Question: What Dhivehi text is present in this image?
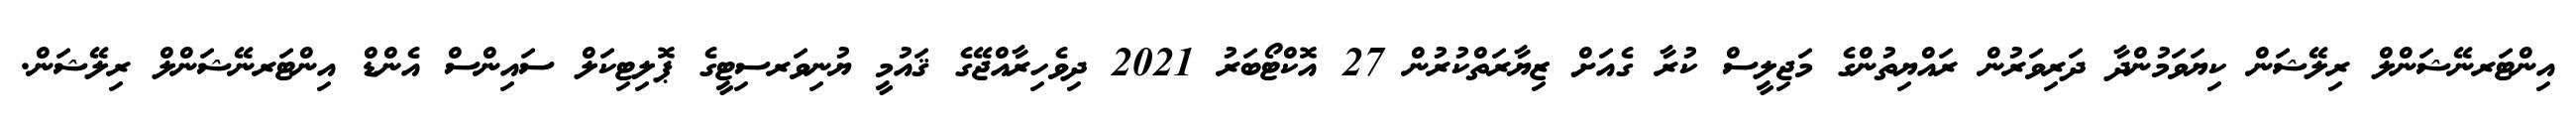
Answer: އިންޓަރނޭޝަންލް ރިލޭޝަން ކިޔަވަމުންދާ ދަރިވަރުން ރައްޔިތުންގެ މަޖިލީސް ކުރާ ގެއަށް ޒިޔާރަތްކުރުން 27 އޮކްޓޯބަރު 2021 ދިވެހިރާއްޖޭގެ ޤައުމީ ޔުނިވަރސިޓީގެ ޕޮލިޓިކަލް ސައިންސް އެންޑް އިންޓަރނޭޝަންލް ރިލޭޝަން.